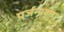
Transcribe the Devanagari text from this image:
पर्जन्यकुंड